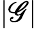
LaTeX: |\mathscr{G}|